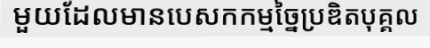
មួយដែលមានបេសកកម្មច្នៃប្រឌិតបុគ្គល